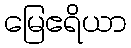
မြေဧရိယာ